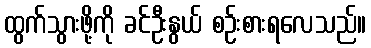
ထွက်သွားဖို့ကို ခင်ဦးနွယ် စဉ်းစားရလေသည်။